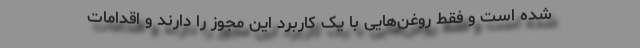
شده است و فقط روغن‌هایی با یک کاربرد این مجوز را دارند و اقدامات